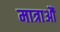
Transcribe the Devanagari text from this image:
मात्राऔं